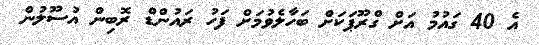
އެ 40 ގައުމު އަށް ގްރޫޕަކަށް ބަހާލެވުމަށް ފަހު ރައުންޑް ރޮބިން އުސޫލުން